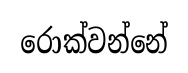
රොක්වන්නේ